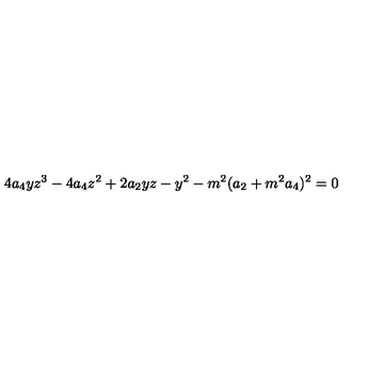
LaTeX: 4 a _ { 4 } y z ^ { 3 } - 4 a _ { 4 } z ^ { 2 } + 2 a _ { 2 } y z - y ^ { 2 } - m ^ { 2 } ( a _ { 2 } + m ^ { 2 } a _ { 4 } ) ^ { 2 } = 0